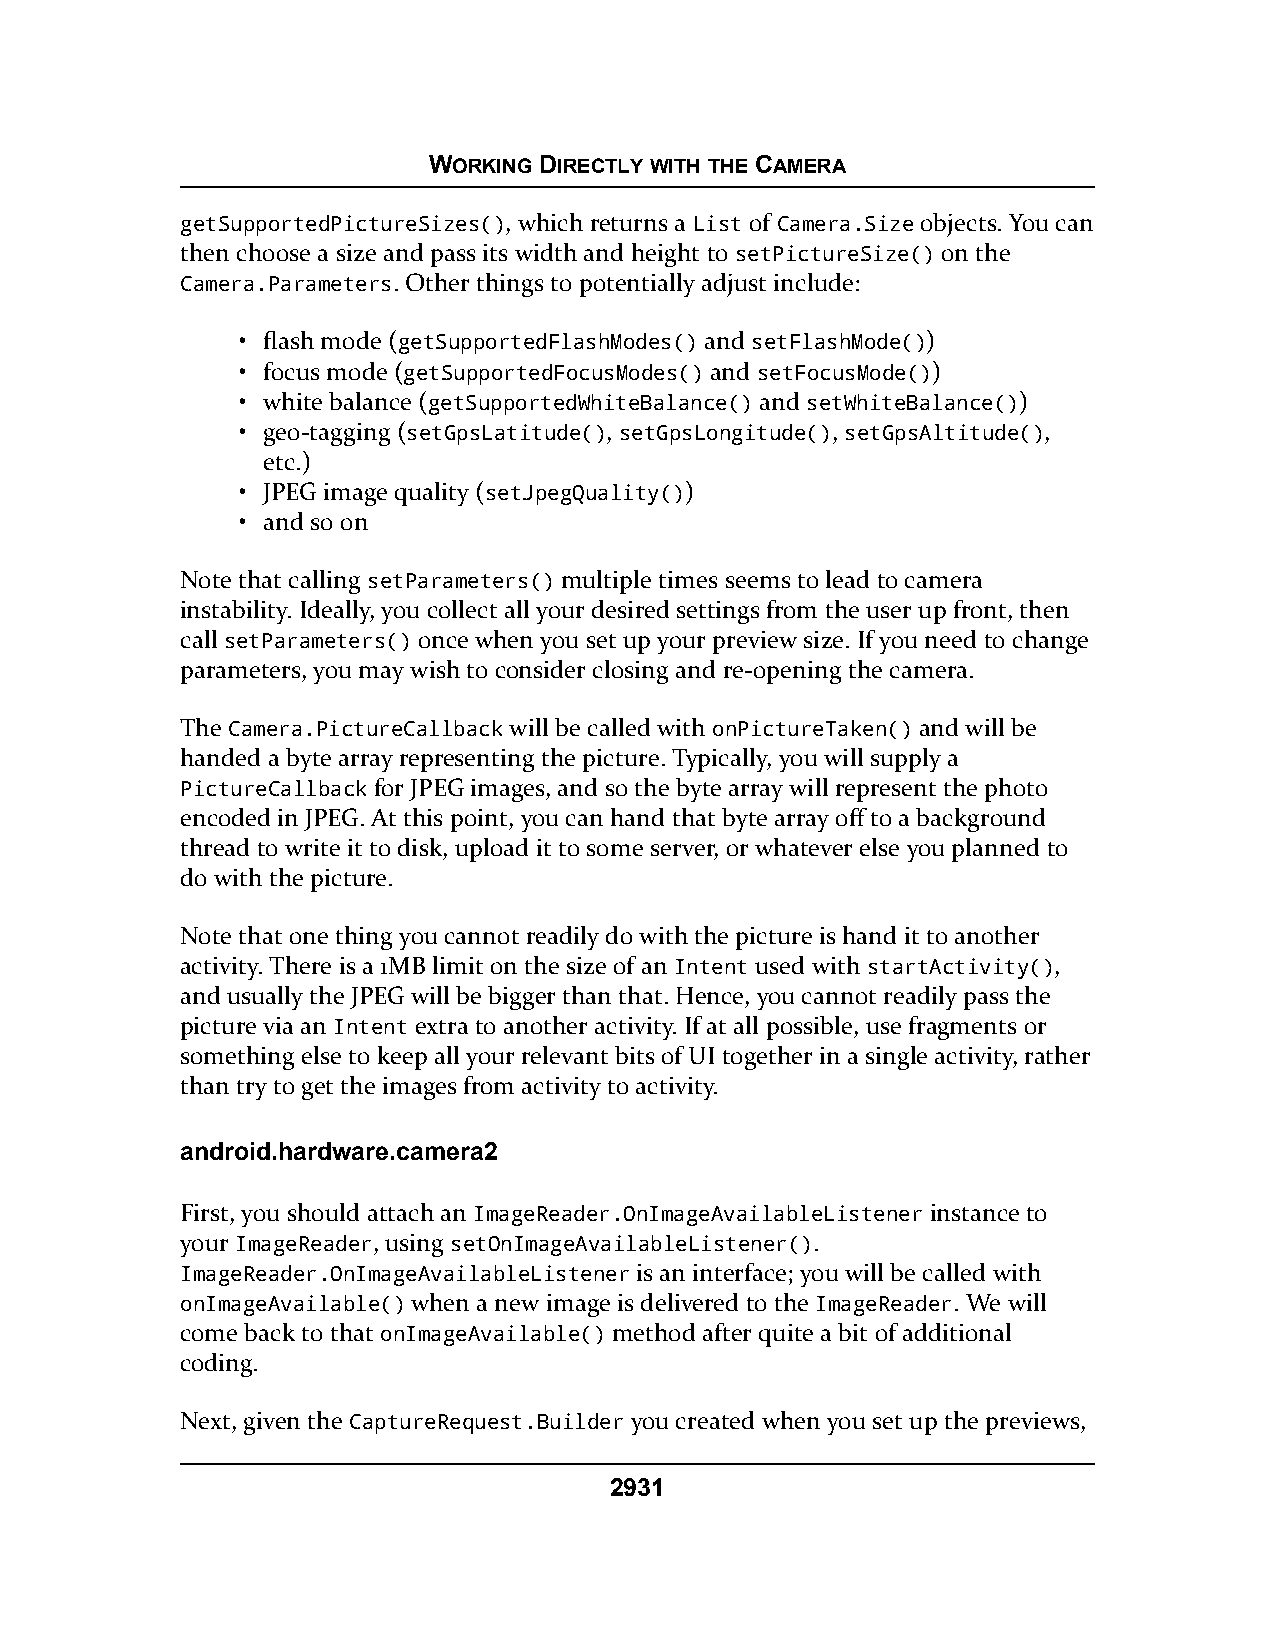
WORKING DIRECTLY WITH THE CAMERA
 getSupportedPictureSizes(), which returns a List of Camera.Size objects. You can
 then choose a size and pass its width and height to setPictureSize() on the
 Camera.Parameters. Other things to potentially adjust include:
 • flash mode (getSupportedFlashModes() and setFlashMode())
 • focus mode (getSupportedFocusModes() and setFocusMode())
 • white balance (getSupportedWhiteBalance() and setWhiteBalance())
 • geo-tagging (setGpsLatitude(), setGpsLongitude(), setGpsAltitude(),
 etc.)
 • JPEG image quality (setJpegQuality())
 • and so on
 Note that calling setParameters() multiple times seems to lead to camera
 instability. Ideally, you collect all your desired settings from the user up front, then
 call setParameters() once when you set up your preview size. If you need to change
 parameters, you may wish to consider closing and re-opening the camera.
 The Camera.PictureCallback will be called with onPictureTaken() and will be
 handed a byte array representing the picture. Typically, you will supply a
 PictureCallback for JPEG images, and so the byte array will represent the photo
 encoded in JPEG. At this point, you can hand that byte array off to a background
 thread to write it to disk, upload it to some server, or whatever else you planned to
 do with the picture.
 Note that one thing you cannot readily do with the picture is hand it to another
 activity. There is a 1MB limit on the size of an Intent used with startActivity(),
 and usually the JPEG will be bigger than that. Hence, you cannot readily pass the
 picture via an Intent extra to another activity. If at all possible, use fragments or
 something else to keep all your relevant bits of UI together in a single activity, rather
 than try to get the images from activity to activity.
 android.hardware.camera2
 First, you should attach an ImageReader.OnImageAvailableListener instance to
 your ImageReader, using setOnImageAvailableListener().
 ImageReader.OnImageAvailableListener is an interface; you will be called with
 onImageAvailable() when a new image is delivered to the ImageReader. We will
 come back to that onImageAvailable() method after quite a bit of additional
 coding.
 Next, given the CaptureRequest.Builder you created when you set up the previews,
 2931